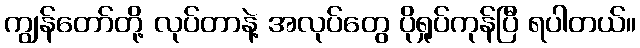
ကျွန်တော်တို့ လုပ်တာနဲ့ အလုပ်တွေ ပိုရှုပ်ကုန်ပြီ ရပါတယ်။